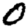
Digit: 0